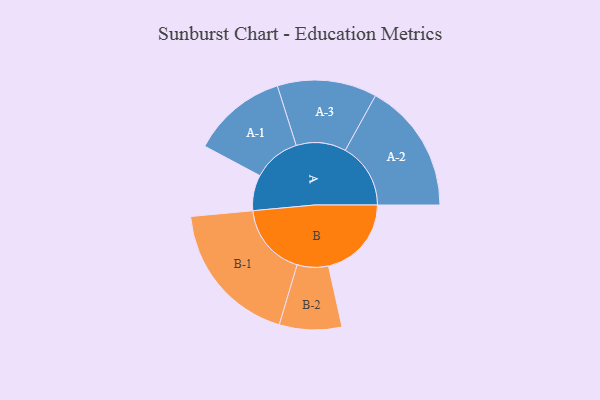
{"axis": {"x": "Segment", "y": "Value"}, "legend": ["", "A", "B"], "data": [{"x": "A", "y": 142, "type": ""}, {"x": "B", "y": 330, "type": ""}, {"x": "A-1", "y": 189, "type": "A"}, {"x": "A-2", "y": 260, "type": "A"}, {"x": "A-3", "y": 198, "type": "A"}, {"x": "B-1", "y": 290, "type": "B"}, {"x": "B-2", "y": 124, "type": "B"}]}